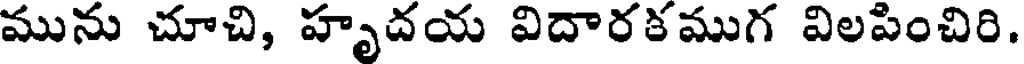
మును చూచి, హృదయ విదారకముగ విలపించిరి.